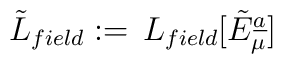
\tilde L_{field}:=\,L_{field}[\tilde E_\mu\sp{\underline{a}}]